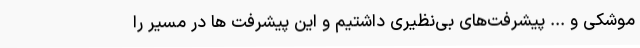
موشکی و ... پیشرفت‌های بی‌نظیری داشتیم و این پیشرفت ها در مسیر را